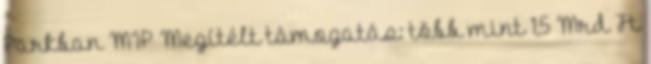
Parkban MIP Megítélt támogatás: több mint 1,5 Mrd Ft